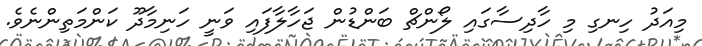
މިއަދު ހިނގި މި ހާދިސާގައި ލޯންޗް ބަންޑުން ޖަހާލާފައި ވަނީ ހަނިމާދޫ ކަންމަތިންނެވެ.